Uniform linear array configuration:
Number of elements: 32
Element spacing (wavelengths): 1
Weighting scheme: hamming
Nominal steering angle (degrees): -60
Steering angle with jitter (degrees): -60.603
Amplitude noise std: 0.05
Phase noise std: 0.05

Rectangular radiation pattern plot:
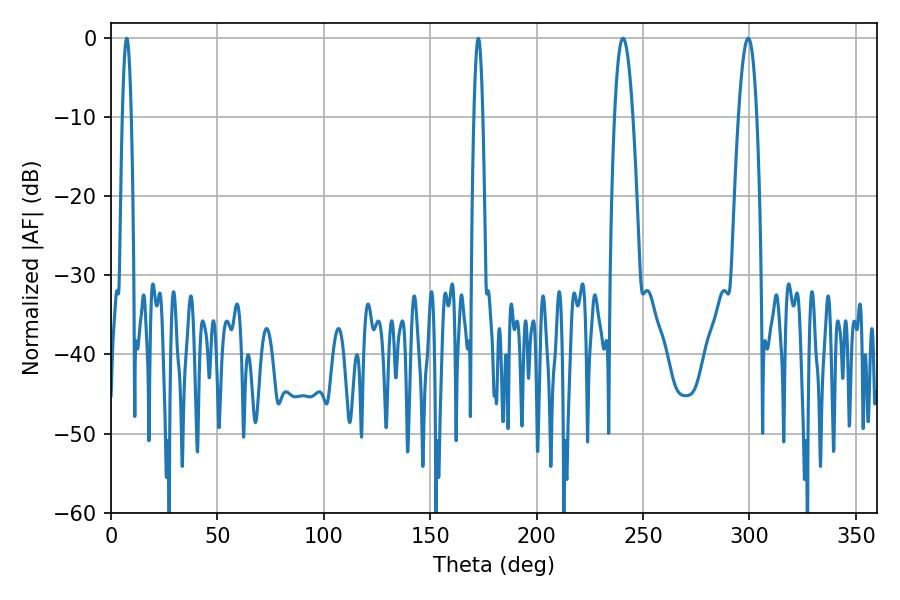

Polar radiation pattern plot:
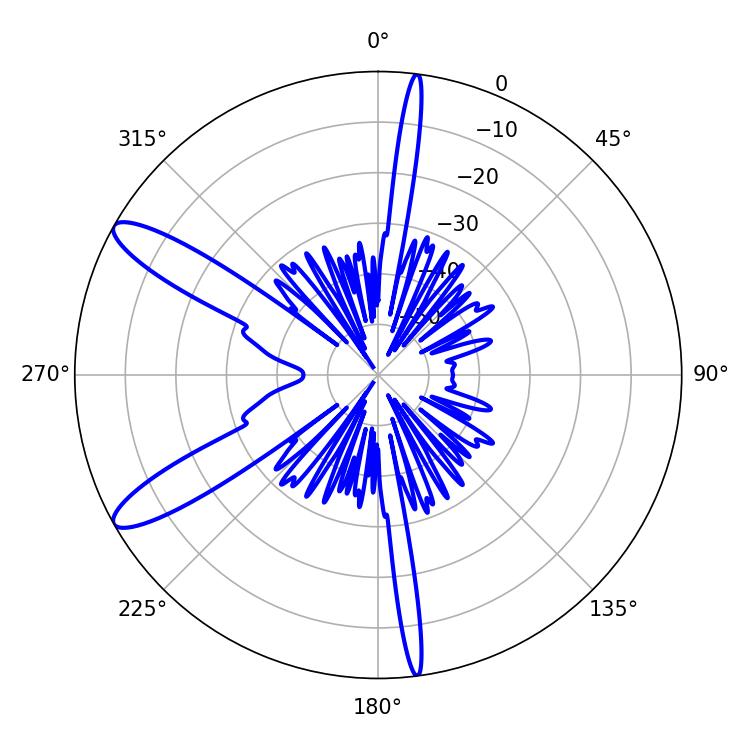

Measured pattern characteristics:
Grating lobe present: TRUE
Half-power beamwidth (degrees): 2.16
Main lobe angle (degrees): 7.38